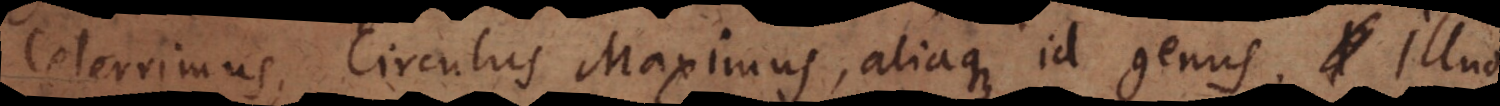
Celerrimus, Circulus Maximus, aliaque id genus. Illud